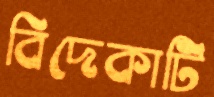
বিদেকাটি